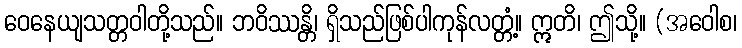
ဝေနေယျသတ္တဝါတို့သည်။ ဘဝိဿန္တိ၊ ရှိသည်ဖြစ်ပါကုန်လတ္တံ့။ ဣတိ၊ ဤသို့။ (အဝေါစ၊